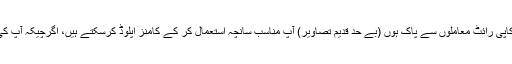
قدیم تصاویر جو کاپی رائٹ معاملوں سے پاک ہوں (بے حد قدیم تصاویر) آپ مناسب سانچہ استعمال کر کے کامنز اپلوڈ کرسکتے ہیں، اگرچیکہ آپ کی لی ہوئی نہ ہوں۔